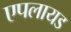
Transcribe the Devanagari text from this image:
एपलायड